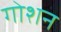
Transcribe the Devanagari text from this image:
गोशन